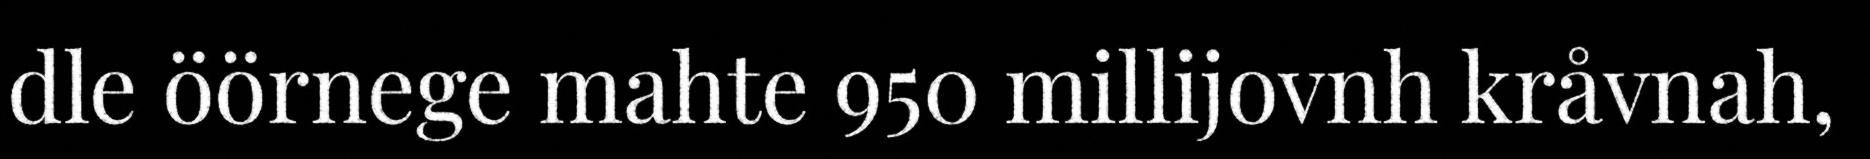
dle öörnege mahte 950 millijovnh kråvnah,